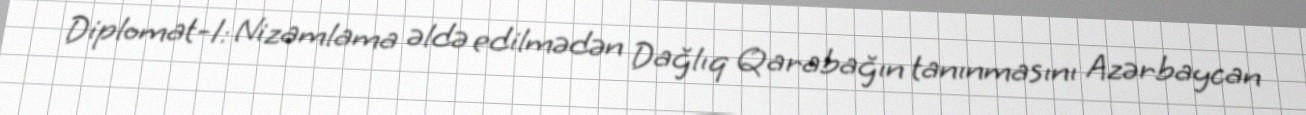
Diplomat-1: Nizamlama əldə edilmədən Dağlıq Qarabağın tanınmasını Azərbaycan